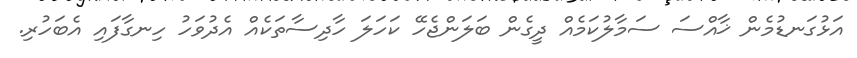
އަޅުގަނޑުމެން ޚާއްސަ ސަމާލުކަމެއް ދީގެން ބަލަންޖެހޭ ކަހަލަ ހާދިސާތަކެއް އެދުވަހު ހިނގާފައި އެބަހުރި.